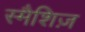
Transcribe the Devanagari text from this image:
स्मैशिज़